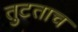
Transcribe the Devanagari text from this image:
तुटताच